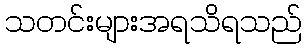
သတင်းများအရသိရသည်